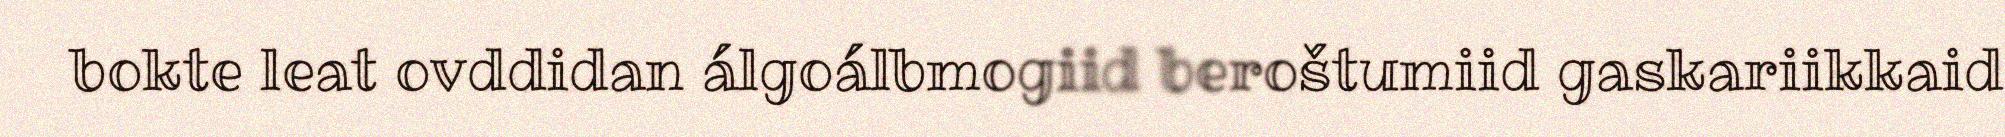
bokte leat ovddidan álgoálbmogiid beroštumiid gaskariikkaid